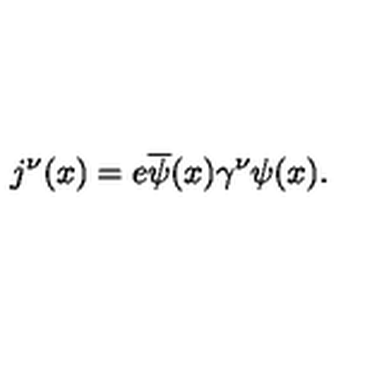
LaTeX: j ^ { \nu } ( x ) = e \overline { { \psi } } ( x ) \gamma ^ { \nu } \psi ( x ) .